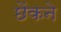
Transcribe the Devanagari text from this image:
छेंकने